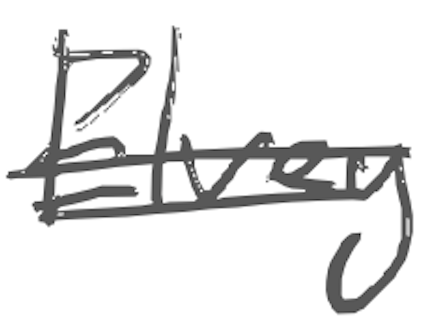
Text: Elvey
Cross-out: double-line
Writing tool: digital_gray